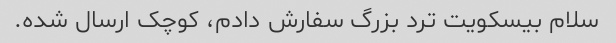
سلام بیسکویت ترد بزرگ سفارش دادم، کوچک ارسال شده.